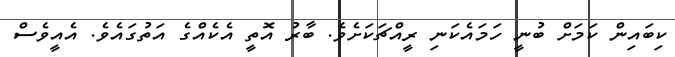
ކިބައިން ކަމަށް ބުނީ ހަމައެކަނި ރީއްޗަކަށެވެ. ބާރު އޮތީ އެކެއްގެ އަތުގައެވެ. އެއީވެސް